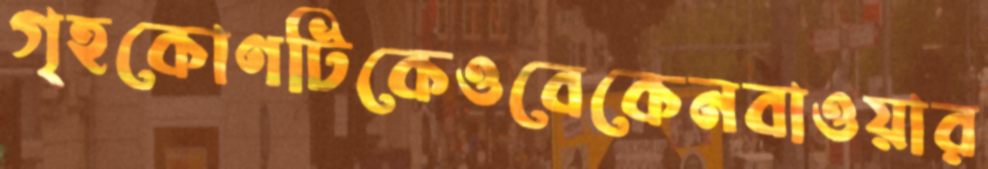
গৃহকোণটিকেওবেকেনবাওয়ার